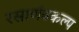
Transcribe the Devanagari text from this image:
रसार्णवकल्प